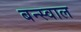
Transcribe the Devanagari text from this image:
बन्स्वाल